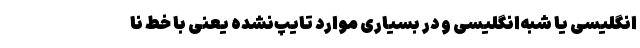
انگلیسی یا شبه‌انگلیسی و در بسیاری موارد تایپ‌نشده یعنی با خطِ نا